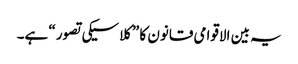
یہ بین الاقوامی قانون کا ”کلاسیکی تصور“ ہے۔